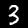
Label: 3